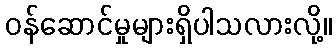
ဝန်ဆောင်မှုများရှိပါသလားလို့။